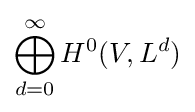
\bigoplus _{d=0}^{\infty }H^{0}(V,L^{d})